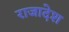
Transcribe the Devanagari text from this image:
राजादेश